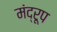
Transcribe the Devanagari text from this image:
मंद्रूप